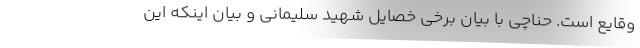
وقایع است. حناچی با بیان برخی خصایل شهید سلیمانی و بیان اینکه این